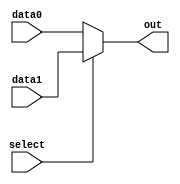
module mux2to1(
  data0,
  data1,
  select,
  out
);
    parameter bitwidth = 16; 
    input [bitwidth - 1 : 0] data0;
    input [bitwidth - 1 : 0] data1;
    input select;
    output [bitwidth - 1 : 0] out;
    reg [bitwidth - 1 : 0] out;

    always @(select or data0 or data1) begin
      if(select)
        out <= data1;
			else
				out <= data0;	
    end

endmodule // mux2to1

module mux4to1(
	data0,
	data1,
	data2,
	data3,

  select,
	out
);
  parameter bitwidth = 16; 
  input [bitwidth - 1 : 0] data0;
  input [bitwidth - 1 : 0] data1;
	input [bitwidth - 1 : 0] data2;
	input [bitwidth - 1 : 0] data3;
	input[1 : 0] select;
	output [bitwidth - 1 : 0] out;
  reg [bitwidth - 1 : 0] out;

    always @(select or data0 or data1 or data2 or data3) begin
			case (select)
				2'b00: out <= data0;
				2'b01: out <= data1;
				2'b10: out <= data2;
				2'b11: out <= data3;
				default: out <= 0;
			endcase
    end

endmodule // mux4to1

module mux8to1(
  data0,
  data1,
	data2,
	data3,
	data4,
  data5,
	data6,
	data7,

  select,

  out
);
  parameter bitwidth = 16; 
  input [bitwidth - 1 : 0] data0;
  input [bitwidth - 1 : 0] data1;
	input [bitwidth - 1 : 0] data2;
	input [bitwidth - 1 : 0] data3;
  input [bitwidth - 1 : 0] data4;
  input [bitwidth - 1 : 0] data5;
	input [bitwidth - 1 : 0] data6;
	input [bitwidth - 1 : 0] data7;
	input[2 : 0] select;
	output [bitwidth - 1 : 0] out;
  reg [bitwidth - 1 : 0] out;


    always @(select or data0 or data1 or data2 or data3 or data4 or data5 or data6 or data7) begin
			case (select)
				3'b000: out <= data0;
				3'b001: out <= data1;
				3'b010: out <= data2;
				3'b011: out <= data3;
				3'b100: out <= data4;
				3'b101: out <= data5;
				3'b110: out <= data6;
				3'b111: out <= data7;
				default: out <= 0;
			endcase
    end

endmodule // mux8to1

module mux16to1(
  data0,
  data1,
	data2,
	data3,
	data4,
  data5,
	data6,
	data7,
  data8,
  data9,
	data10,
	data11,
	data12,
  data13,
	data14,
	data15,
  select,
  out
);
  parameter bitwidth = 16; //
  input [bitwidth - 1 : 0] data0;
  input [bitwidth - 1 : 0] data1;
	input [bitwidth - 1 : 0] data2;
	input [bitwidth - 1 : 0] data3;
	input [bitwidth - 1 : 0] data4;
  input [bitwidth - 1 : 0] data5;
	input [bitwidth - 1 : 0] data6;
	input [bitwidth - 1 : 0] data7;
  input [bitwidth - 1 : 0] data8;
  input [bitwidth - 1 : 0] data9;
	input [bitwidth - 1 : 0] data10;
	input [bitwidth - 1 : 0] data11;
	input [bitwidth - 1 : 0] data12;
  input [bitwidth - 1 : 0] data13;
	input [bitwidth - 1 : 0] data14;
	input [bitwidth - 1 : 0] data15;
	input [3:0] select;
	output [bitwidth-1 : 0] out;
  reg [bitwidth - 1 : 0] out;

    always @(select or data0 or data1 or data2 or data3 or data4 or data5 or data6 or data7
		 or data8 or data9 or data10 or data11 or data12 or data13 or data14 or data15) begin
			case (select)
				4'h0: out <= data0;
				4'h1: out <= data1;
				4'h2: out <= data2;
				4'h3: out <= data3;
				4'h4: out <= data4;
				4'h5: out <= data5;
				4'h6: out <= data6;
				4'h7: out <= data7;
        4'h8: out <= data8;
				4'h9: out <= data9;
				4'ha: out <= data10;
				4'hb: out <= data11;
				4'hc: out <= data12;
				4'hd: out <= data13;
				4'he: out <= data14;
				4'hf: out <= data15;
				default: out <= 0;
			endcase
    end

endmodule // mux16to1